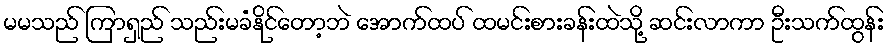
မမသည် ကြာရှည် သည်းမခံနိုင်တော့ဘဲ အောက်ထပ် ထမင်းစားခန်းထဲသို့ ဆင်းလာကာ ဦးသက်ထွန်း